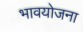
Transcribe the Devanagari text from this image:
भावयोजना